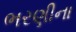
ભરણીના